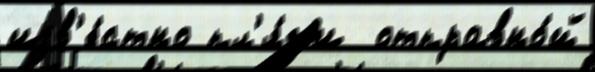
изв'е́стно пл'я́жи  отправно́й